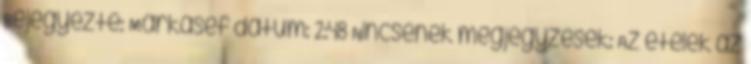
Bejegyezte: Márkaséf dátum: 2:48 Nincsenek megjegyzések: Az ételek az